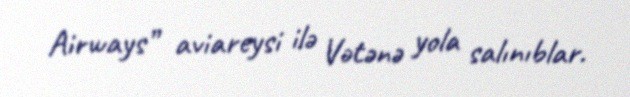
Airways” aviareysi ilə Vətənə yola salınıblar.